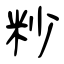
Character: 粆